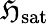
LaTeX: \mathfrak{H}_{\mathrm{{sat}}}